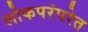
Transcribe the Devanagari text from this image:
लोकपरंपरेत